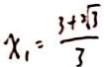
x _ { 1 } = \frac { 3 + \sqrt [ 2 ] { 3 } } { 3 }